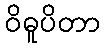
ဝိဓူပိတာ